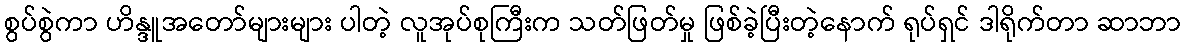
စွပ်စွဲကာ ဟိန္ဒူအတော်များများ ပါတဲ့ လူအုပ်စုကြီးက သတ်ဖြတ်မှု ဖြစ်ခဲ့ပြီးတဲ့နောက် ရုပ်ရှင် ဒါရိုက်တာ ဆာဘာ